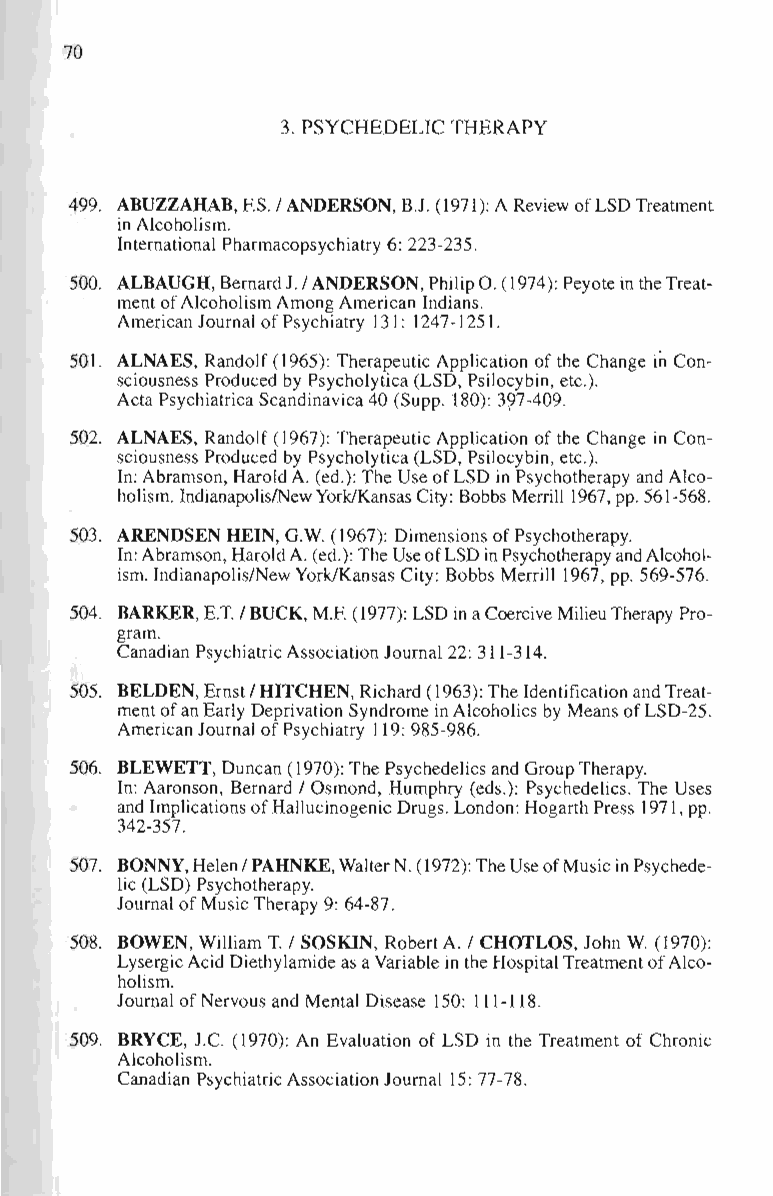
70
 3. PSYCHEDELIC THERAPY
 499. ABUZZAHAB, F.S. I ANDERSON, BJ. (1971 ): A Review of LSD Treatment
 in Alcoholism.
 International Pharmacopsychiatry 6: 223-235.
 500. ALBAUGH, Bernard J. I ANDERSON, Philip O. (1974): Peyote in the Treat­
 ment of Alcoholism Among American Indians.
 American Journal of Psychiatry 13 I: 1247-I 251.
 50 I. ALNAES, Randolf (1965): Therapeutic Application of the Change in Con­
 sciousness Produced by Psycholytica (LSD, Psilocybin, etc.).
 Acta Psychiatrica Scandinavica 40 (Supp. 180): 397-409.
 502. ALNAES, Randolf (1967): Therapeutic Application of the Change in Con­
 sciousness Produced by Psycholytica (LSD, Psilocybin, etc.).
 In: Abramson, Harold A. (ed.): The Use of LSD in Psychotherapy and Alco­
 holism. IndianapolislNewYorklKansas City: Bobbs Merrill 1967, pp. 561-568.
 503. ARENDSEN HEIN, G.w. (1967): Dimensions of Psychotherapy.
 In: Abramson, Harold A. (ed.): The Use of LSD in Psychotherapy and Alcohol­
 ism. Indianapolis/New York/Kansas City: Bobbs Merrill 1967, pp. 569-576.
 504. BARKER, E.T. I BUCK, M.F. (1977): LSD in a Coercive Milieu Therapy Pro­
 gram.
 Canadian Psychiatric Association Journal 22: 311-314.
 505. BELDEN, Ernst I HITCHEN, Richard (1963): The Identification and Treat­
 ment of an Early Deprivation Syndrome in Alcoholics by Means of LSD-25.
 American Journal of Psychiatry 119: 985-986.
 506. BLEWETT, Duncan (1970): The Psychedelics and Group Therapy.
 In: Aaronson, Bernard I Osmond, Humphry (eds.): Psychedelics. The Uses
 and Implications of Hallucinogenic Drugs. London: Hogarth Press 1971, pp.
 342-357.
 507. BONNY, Helen I PAHNKE, Waiter N. (1972): The Use of Music in Psychede­
 lic (LSD) Psychotherapy.
 Journal of Music Therapy 9: 64-87.
 508. BOWEN, William T. I SOSKIN, Robert A. I CHOTLOS, John W. (1970):
 Lysergic Acid Diethylamide as a Variable in the Hospital Treatment of Alco­
 holism.
 Journal of Nervous and Mental Disease 150: 111-118.
 509. BRYCE, J.c. (1970): An Evaluation of LSD in the Treatment of Chronic
 Alcoholism.
 Canadian Psychiatric Association Journal 15: 77-78.